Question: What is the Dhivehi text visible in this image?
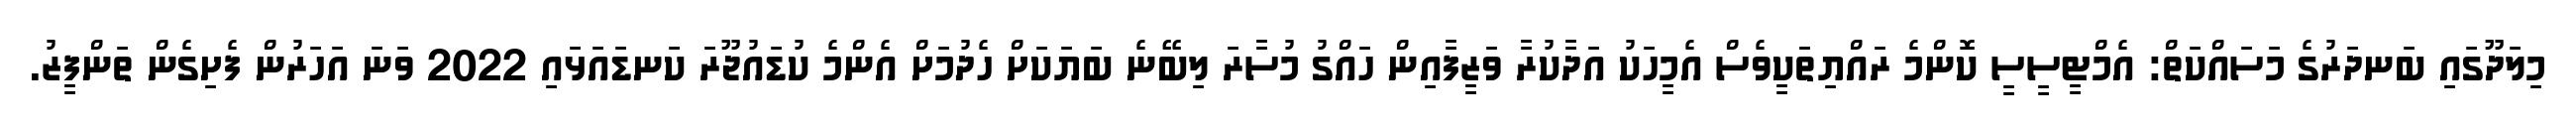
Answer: މިލަދޫގައި ބަނދަރުގެ މަސައްކަތް: އެމްޓީސީސީ ކޮންމެ ރައްޔިތަކީވެސް އެމީހަކު އަދާކުރާ ވަޒީފާއިން ހައްގު މުސާރަ ލިބޭނެ ބަޔަކަށް ހެދުމަށް އެންމެ ކުޑައުޖޫރަ ކަނޑައަޅައި 2022 ވަނަ އަހަރުން ފެށިގެން ތަންފީޒު.